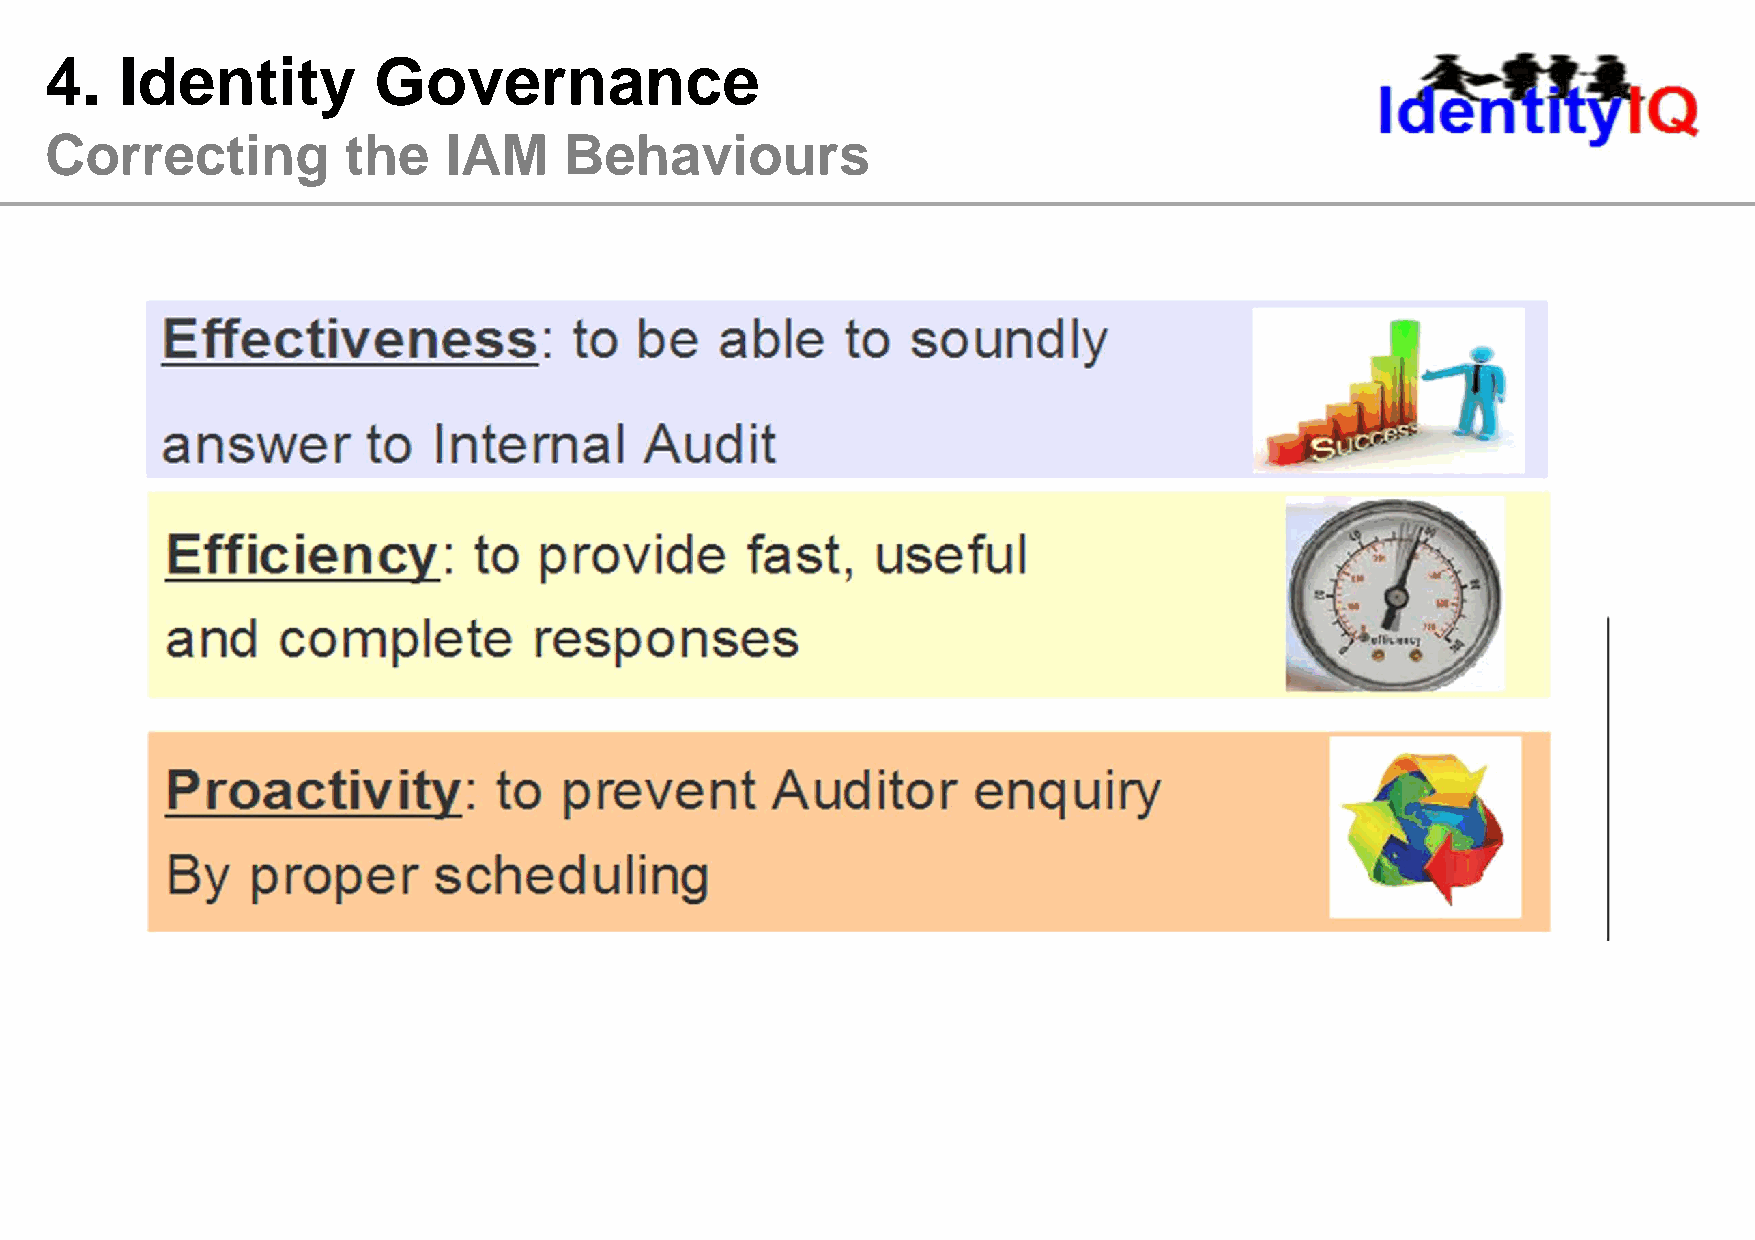
4.   Identity         Governance
 Correcting          the   IAM     Behaviours